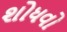
શોધવો